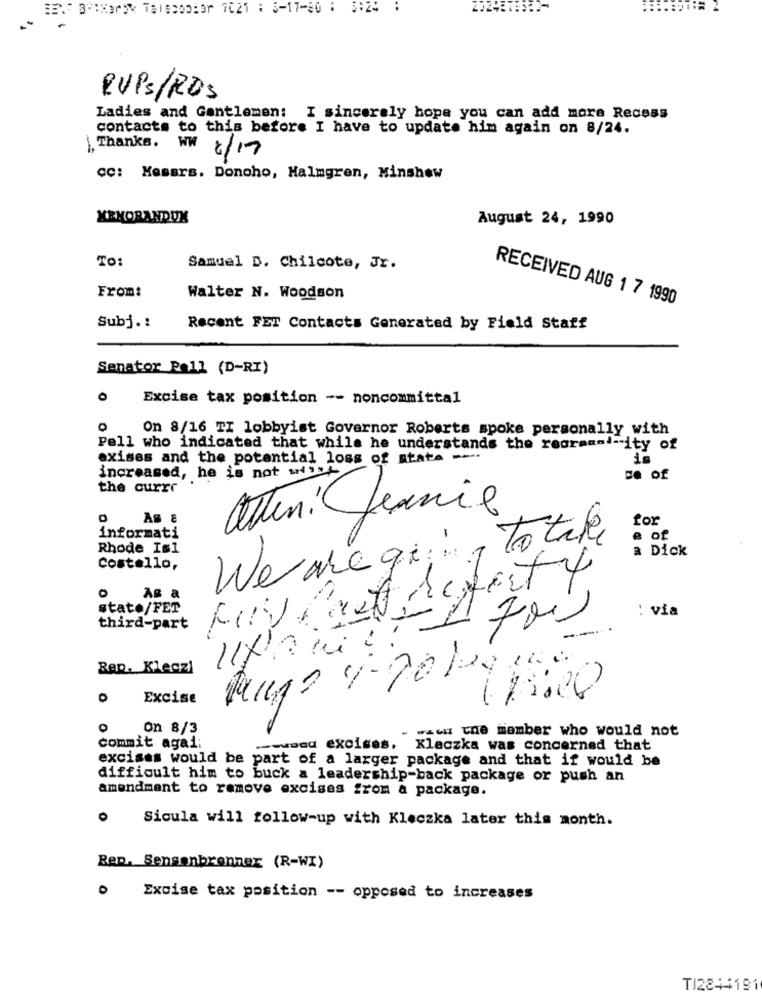
RUPS/RDS
Ladies and Gentlemen: I sincerely hope you can add more Recess
contacts to this before I have to update him again on 8/24.
Thanks. WW
8/17
CC: Mesars. Donoho, Halmgren, Minshew
MEMORANDUM
August 24, 1990
TO:
Samuel D. Chilcote, Jr.
From:
Walter N. Woodson
RECEIVED AUG 1 7 1990
Subj .:
Recent FET Contacts Generated by Field Staff
Senator Pall (D-RI)
O
Excise tax position -- noncommittal
0
On 8/16 TI lobbyist Governor Roberts spoke personally with
Pell who indicated that while he understands the reorman !- ity of
exises and the potential loss of state --
increased, he is not wii
De of
the currr
atten: Jennie
for
informati
We are going To take
e of
Rhode Is1
a Dick
Costello,
As a
O
stato/FET
: via
third-part
Rap. Kleczi
0
Excise
718.00
0
on 8/3
www the member who would not
commit agai:
.- wwood excises, Klaczka was concerned that
excises would be part of a larger package and that if would be
difficult him to buck a leadership-back package or push an
amendment to remove excises from a package.
O
Sicula will follow-up with Kleczka later this month.
Rep. Sensenbrenner (R-WI)
0
Excise tax position -- opposed to increases
TI2244191